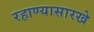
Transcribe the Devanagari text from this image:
रहाण्यासारखे